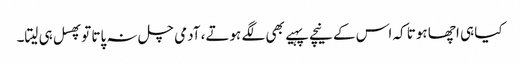
کیا ہی اچھا ہوتا کہ اس کے نیچے پہیے بھی لگے ہوتے، آدمی چل نہ پاتا توپھسل ہی لیتا۔